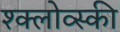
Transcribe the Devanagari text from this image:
श्क्लोव्स्की